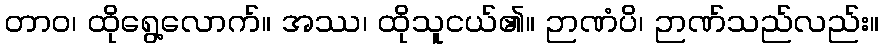
တာဝ၊ ထိုရွေ့လောက်။ အဿ၊ ထိုသူငယ်၏။ ဉာဏံပိ၊ ဉာဏ်သည်လည်း။